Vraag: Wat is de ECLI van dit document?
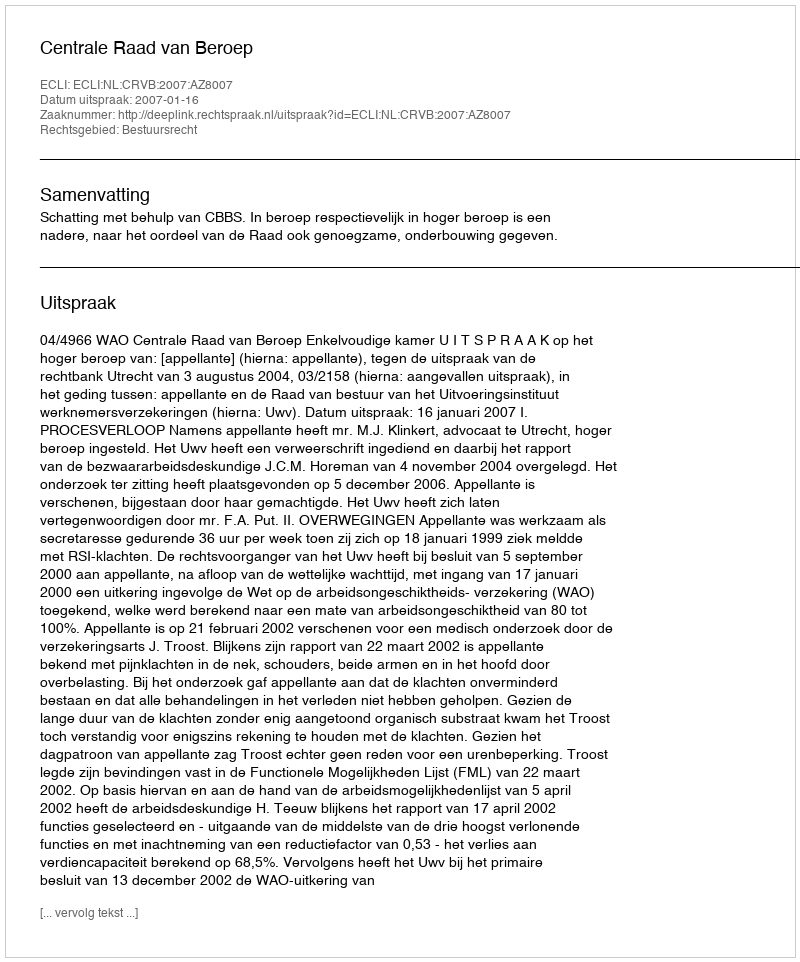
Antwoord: ECLI:NL:CRVB:2007:AZ8007